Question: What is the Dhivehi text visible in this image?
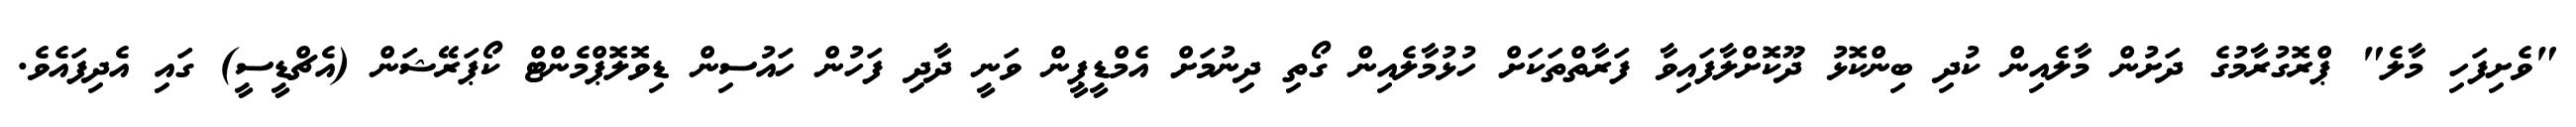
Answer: "ވެށިފަހި މާލެ" ޕްރޮގުރާމުގެ ދަށުން މާލެއިން ކުދި ބިންކޮޅު ދޫކޮށްލާފައިވާ ފަރާތްތަކަށް ހުޅުމާލެއިން ގޯތި ދިނުމަށް އެމްޑީޕީން ވަނީ ދާދި ފަހުން ހައުސިން ޑިވޮލޮޕްމެންޓް ކޯޕަރޭޝަން (އެޗްޑީސީ) ގައި އެދިފައެވެ.